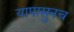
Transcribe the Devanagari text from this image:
यापासुनच